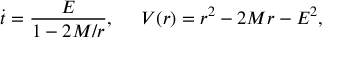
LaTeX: \dot { t } = \frac { E } { 1 - 2 M / r } , \; \; \; \; \; V ( r ) = r ^ { 2 } - 2 M r - E ^ { 2 } ,